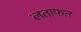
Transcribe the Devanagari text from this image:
लताफत